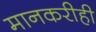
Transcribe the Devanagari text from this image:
मानकरीही